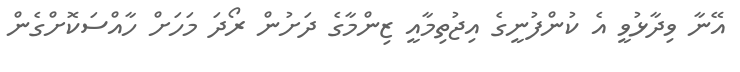
އޭނާ ވިދާޅުވީ އެ ކުންފުނީގެ އިޖުތިމާއީ ޒިންމާގެ ދަށުން ރޯދަ މަހަށް ހާއްސަކޮށްގެން